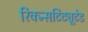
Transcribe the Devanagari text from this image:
रिक्न्सटिट्यूटेड